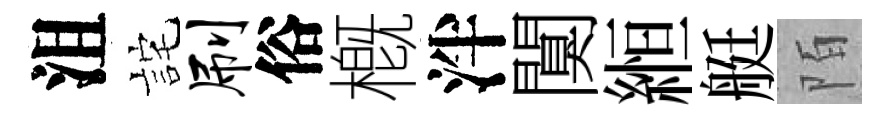
沮詫刷俗槪泮闃縆艇陌